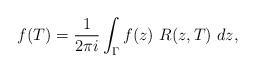
LaTeX: \begin{align*}f(T)=\frac{1}{2\pi i}\int_{\Gamma} f(z)\ R(z,T) \ dz,\end{align*}